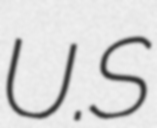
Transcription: U.S